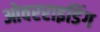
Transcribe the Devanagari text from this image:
ओवरराइडिंग